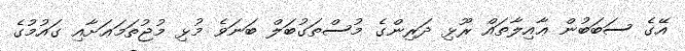
އޭގެ ސަބަބުން ޢާއިލާތައް ރޫޅި ދަރިންގެ މުސްތަގުބަލް ބަނަވެ މުޅި މުޖުތަމަޢަށާއި ގައުމުގެ